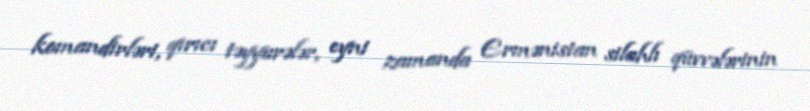
komandirləri, qırıcı təyyarələr, eyni zamanda Ermənistan silahlı qüvvələrinin